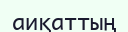
аиқаттың